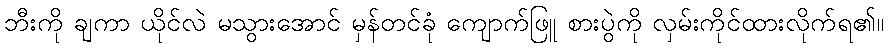
ဘီးကို ချကာ ယိုင်လဲ မသွားအောင် မှန်တင်ခုံ ကျောက်ဖြူ စားပွဲကို လှမ်းကိုင်ထားလိုက်ရ၏။